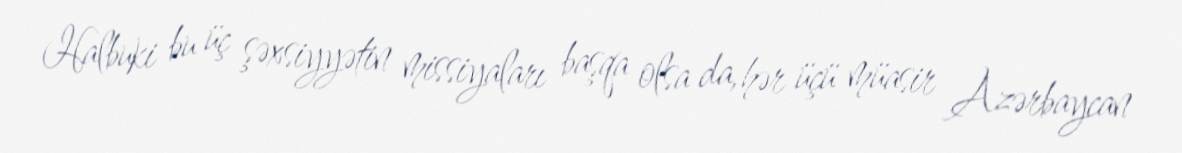
Halbuki bu üç şəxsiyyətin missiyaları başqa olsa da, hər üçü müasir Azərbaycan